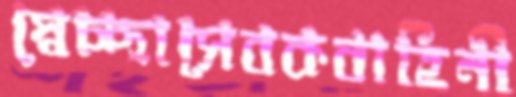
স্বেচ্ছাসেবকবাহিনী